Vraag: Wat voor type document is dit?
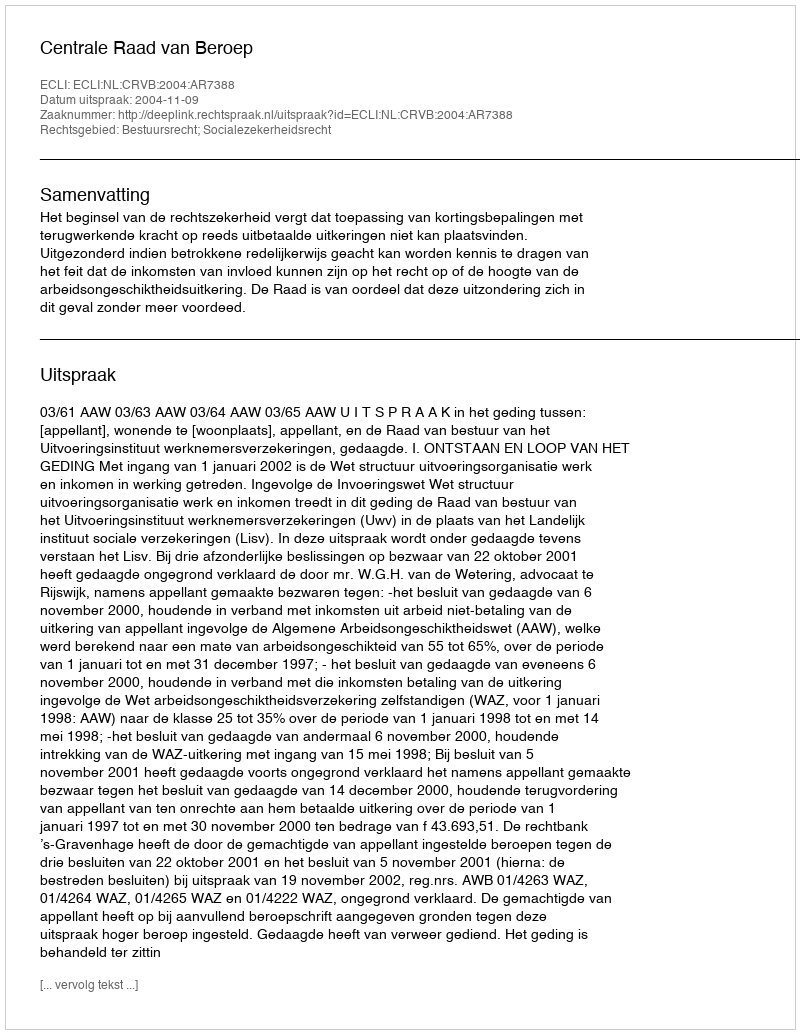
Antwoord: Uitspraak